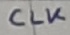
Text: CLK